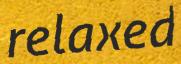
relaxed